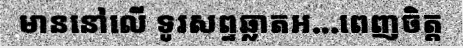
មាននៅលើ ទូរសព្ទឆ្លាតអ...ពេញចិត្ត